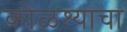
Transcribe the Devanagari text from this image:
कोळश्याचा